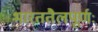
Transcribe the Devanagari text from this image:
भारततैलपूर्णः